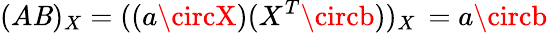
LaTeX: (A\mathit{B})_{X}=((a\circX)(X^{T}\circb))_{X}\, =a\circb